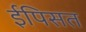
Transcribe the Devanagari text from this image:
ईपिसत